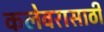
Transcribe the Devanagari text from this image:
कलेवरासाठी